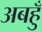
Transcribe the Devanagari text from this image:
अबहुँ